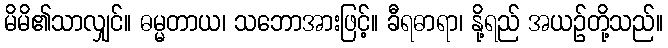
မိမိ၏သာလျှင်။ ဓမ္မတာယ၊ သဘောအားဖြင့်။ ခီရဓာရာ၊ နို့ရည် အယဉ်တို့သည်။